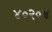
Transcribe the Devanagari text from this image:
४०२०४